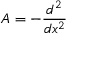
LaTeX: A = - { \frac { d ^ { 2 } } { d x ^ { 2 } } }